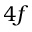
4 f